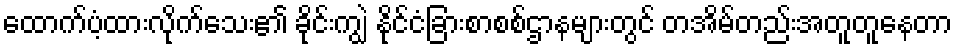
ထောက်ပံ့ထားလိုက်သေး၏ ခိုင်းကျွဲ နိုင်ငံခြားစာစစ်ဌာနများတွင် တအိမ်တည်းအတူတူနေတာ